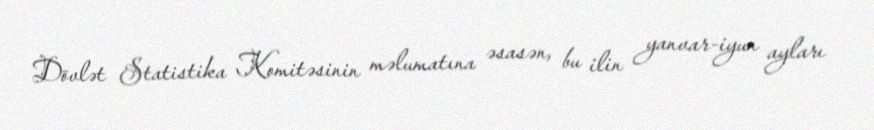
Dövlət Statistika Komitəsinin məlumatına əsasən, bu ilin yanvar-iyun ayları